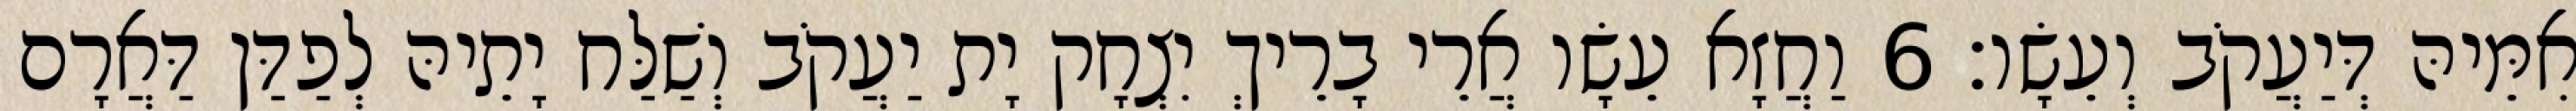
אִמֵּיהּ דְּיַעֲקֹב וְעֵשָׂו׃ 6 וַחֲזָא עֵשָׂו אֲרֵי בָרֵיךְ יִצְחָק יָת יַעֲקֹב וְשַׁלַּח יָתֵיהּ לְפַדַּן דַּאֲרָם